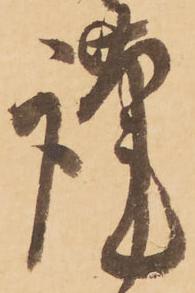
謹